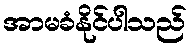
အာမခံနိုင်ပါသည်